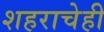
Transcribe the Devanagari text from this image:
शहराचेही